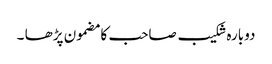
دوبارہ شکیب صاحب کا مضمون پڑھا ۔